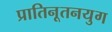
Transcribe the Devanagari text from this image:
प्रातिनूतनयुग